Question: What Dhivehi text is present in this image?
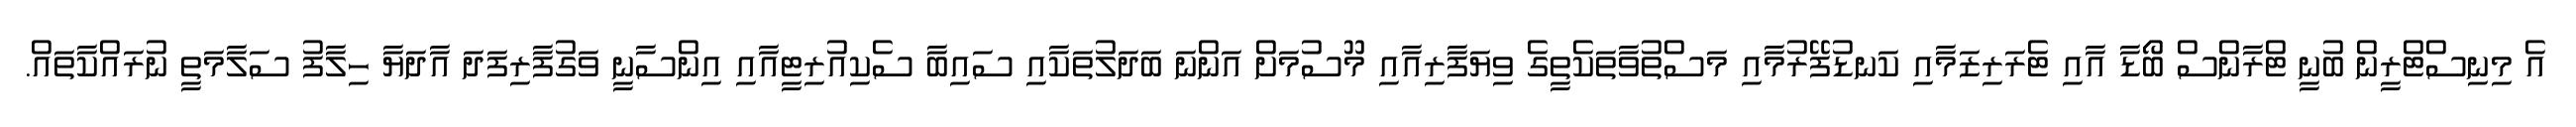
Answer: އެ މިނިސްޓްރީން ބުނީ ޓްރާންސް ބޯޑާ އާއި ޓެރަރިޒަމާއި ކަނޑުފޭރުމާއި މަސްތުވާތަކެތީގެ ވިޔަފާރިއާއި މޫސުމަށް އަންނަ ބަދަލުތަކާއި ސައިބާ ސެކިއުރިޓީއާއި އިންސާނީ ވަގުފާރިފަދަ އާދަޔާ ހިލާފު ސަލާމަތީ ނުރައްކާތައް.